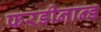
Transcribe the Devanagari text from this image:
फरडीनान्ड